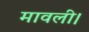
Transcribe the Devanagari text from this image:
मावली।